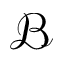
\mathcal { B }